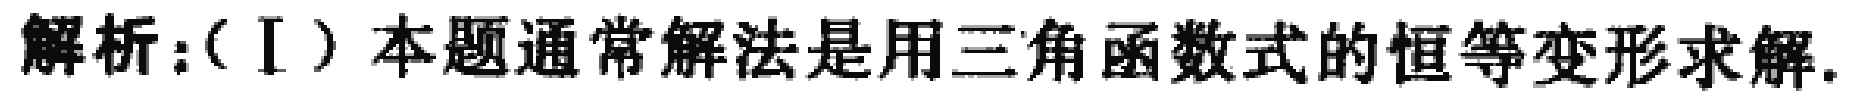
解析：（I）本题通常解法是用三角函数式的恒等变形求解.